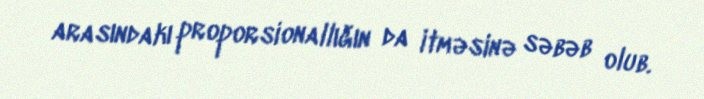
arasındakı proporsionallığın da itməsinə səbəb olub.